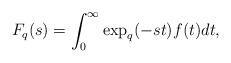
LaTeX: \begin{align*} F_{q}(s) = \int_{0}^{\infty} \exp_{q}(-st) f(t) dt, \end{align*}